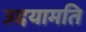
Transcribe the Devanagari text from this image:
उदयामति